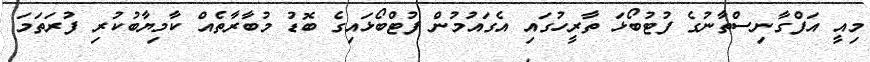
މިއީ އަފްގާނިސްތާނުގެ ފުޓުބޯޅަ ތާރީހުގައި އެގައުމުން ފުޓްބޯޅައިގެ ބޮޑު މުބާރާތެއް ކާމިޔާބުކުރި ފުރަތަމަ